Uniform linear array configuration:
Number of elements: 32
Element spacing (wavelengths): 0.75
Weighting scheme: hann
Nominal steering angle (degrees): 0
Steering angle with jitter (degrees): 0.4566
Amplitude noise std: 0.05
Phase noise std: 0.05

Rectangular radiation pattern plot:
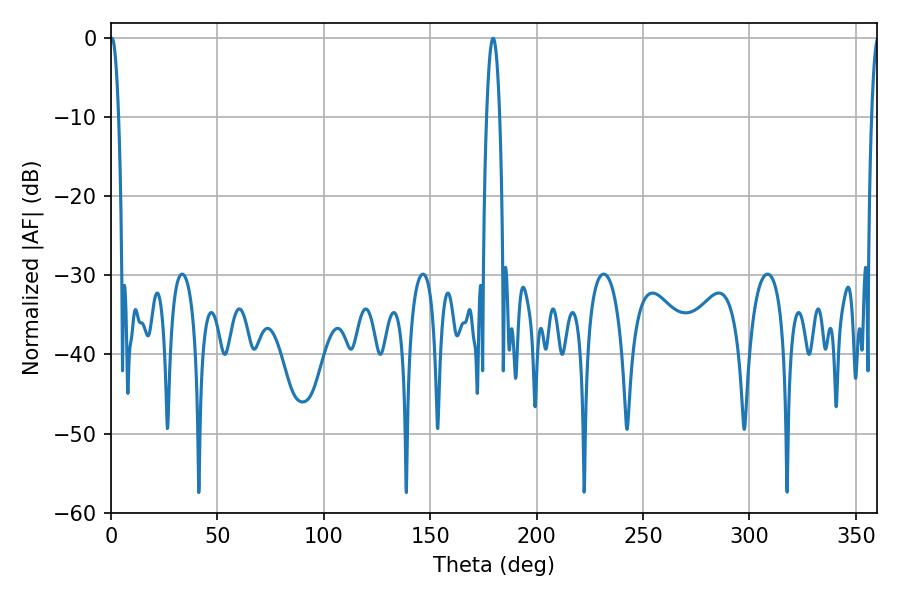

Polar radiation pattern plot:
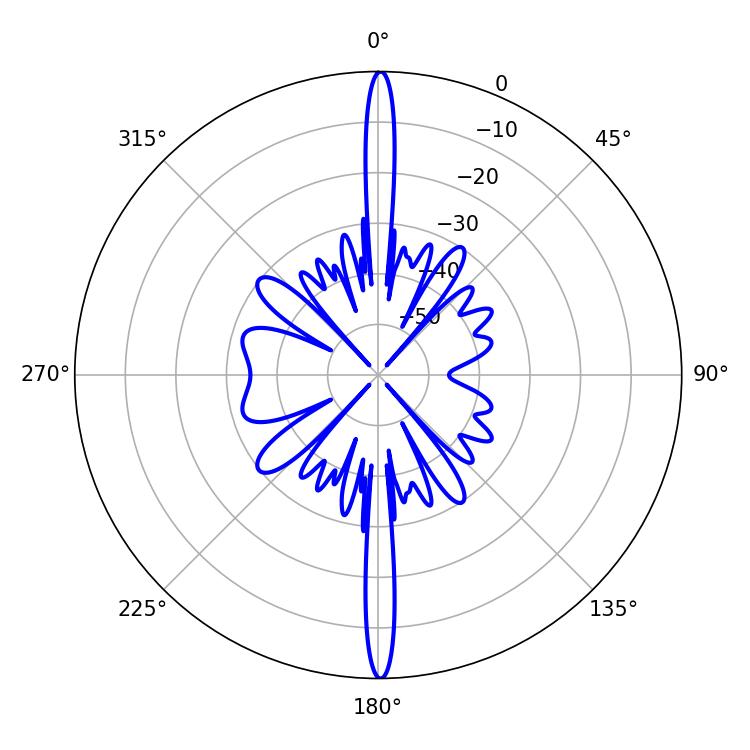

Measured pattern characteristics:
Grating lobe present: TRUE
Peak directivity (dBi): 34.421
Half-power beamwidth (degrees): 2.16
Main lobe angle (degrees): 0.54